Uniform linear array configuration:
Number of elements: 24
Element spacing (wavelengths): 1
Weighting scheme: uniform
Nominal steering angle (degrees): -30
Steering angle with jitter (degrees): -30.861
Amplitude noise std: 0.05
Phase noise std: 0.05

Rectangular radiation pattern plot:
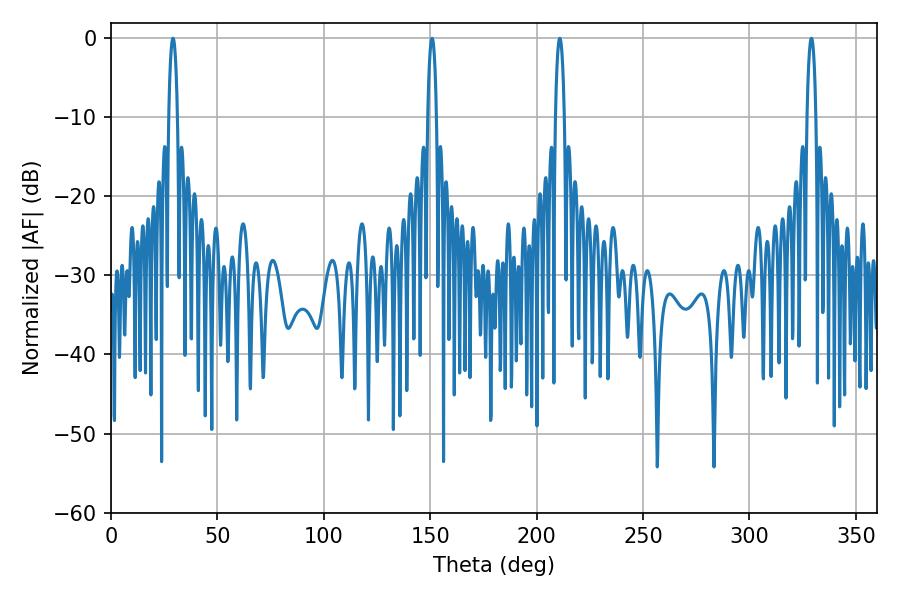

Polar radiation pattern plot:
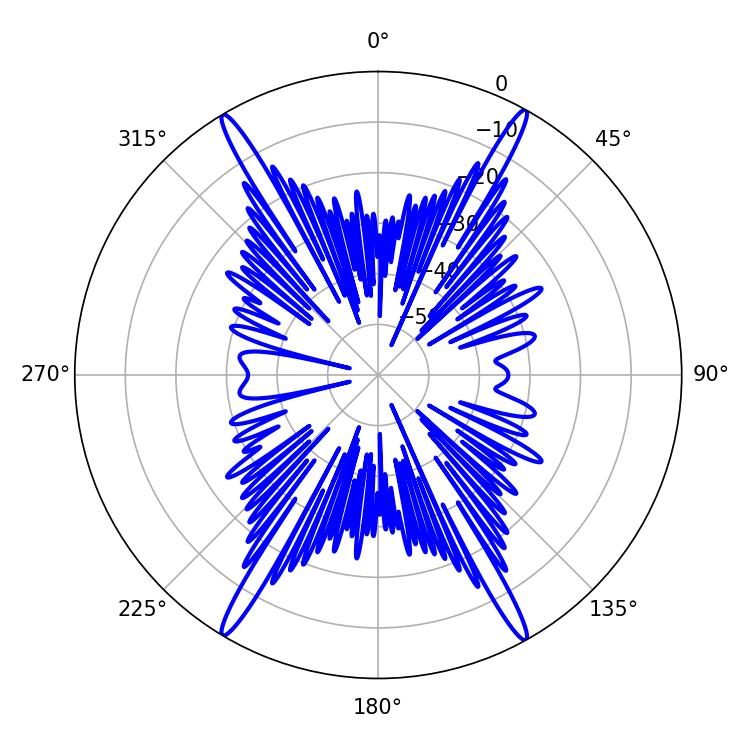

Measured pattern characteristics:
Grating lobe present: TRUE
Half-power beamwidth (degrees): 2.16
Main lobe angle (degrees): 29.16